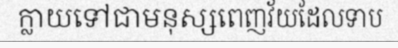
ក្លាយទៅជាមនុស្សពេញវ័យដែលទាប